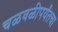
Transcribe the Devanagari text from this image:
चळवळीपर्यंतचा